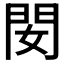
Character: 𨳐